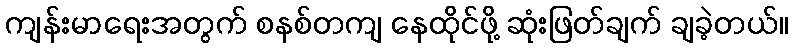
ကျန်းမာရေးအတွက် စနစ်တကျ နေထိုင်ဖို့ ဆုံးဖြတ်ချက် ချခဲ့တယ်။